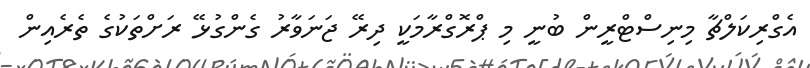
އެގްރިކަލްޗާ މިނިސްޓްރީން ބުނީ މި ޕްރޮގްރާމަކީ ދިރޭ ޖަނަވާރު ގެންގުޅޭ ރަށްތަކުގެ ތެރެއިން